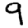
Digit: 9